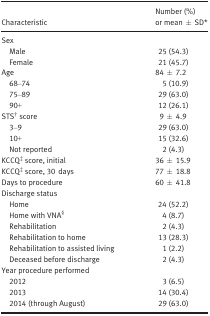
<table><thead><tr><td><b>Characteristic</b></td><td><b>Number (%) or mean ± SDa</b></td></tr></thead><tbody><tr><td colspan="2">Sex</td></tr><tr><td>Male</td><td>25 (54.3)</td></tr><tr><td>Female</td><td>21 (45.7)</td></tr><tr><td>Age</td><td>84 ± 7.2</td></tr><tr><td>68–74</td><td>5 (10.9)</td></tr><tr><td>75–89</td><td>29 (63.0)</td></tr><tr><td>90+</td><td>12 (26.1)</td></tr><tr><td>STSb score</td><td>9 ± 4.9</td></tr><tr><td>3–9</td><td>29 (63.0)</td></tr><tr><td>10+</td><td>15 (32.6)</td></tr><tr><td>Not reported</td><td>2 (4.3)</td></tr><tr><td>KCCQc score, initial</td><td>36 ± 15.9</td></tr><tr><td>KCCQc score, 30 days</td><td>77 ± 18.8</td></tr><tr><td>Days to procedure</td><td>60 ± 41.8</td></tr><tr><td colspan="2">Discharge status</td></tr><tr><td>Home</td><td>24 (52.2)</td></tr><tr><td>Home with VNAd</td><td>4 (8.7)</td></tr><tr><td>Rehabilitation</td><td>2 (4.3)</td></tr><tr><td>Rehabilitation to home </td><td>13 (28.3)</td></tr><tr><td>Rehabilitation to assisted living</td><td>1 (2.2)</td></tr><tr><td>Deceased before discharge</td><td>2 (4.3)</td></tr><tr><td colspan="2">Year procedure performed</td></tr><tr><td>2012</td><td>3 (6.5)</td></tr><tr><td>2013</td><td>14 (30.4)</td></tr><tr><td>2014 (through August)</td><td>29 (63.0)</td></tr></tbody></table>